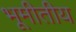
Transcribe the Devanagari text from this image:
भूमीतीय